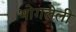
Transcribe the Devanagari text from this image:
भोगलेली